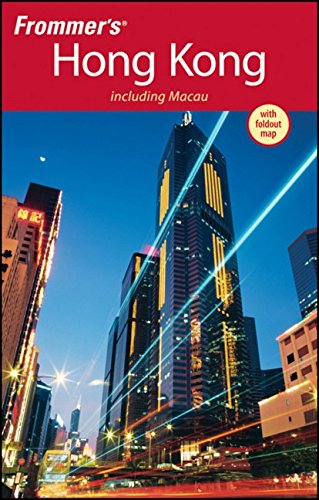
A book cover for Frommer's Hong Kong (Frommer's Complete Guides); Beth Reiber; Travel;